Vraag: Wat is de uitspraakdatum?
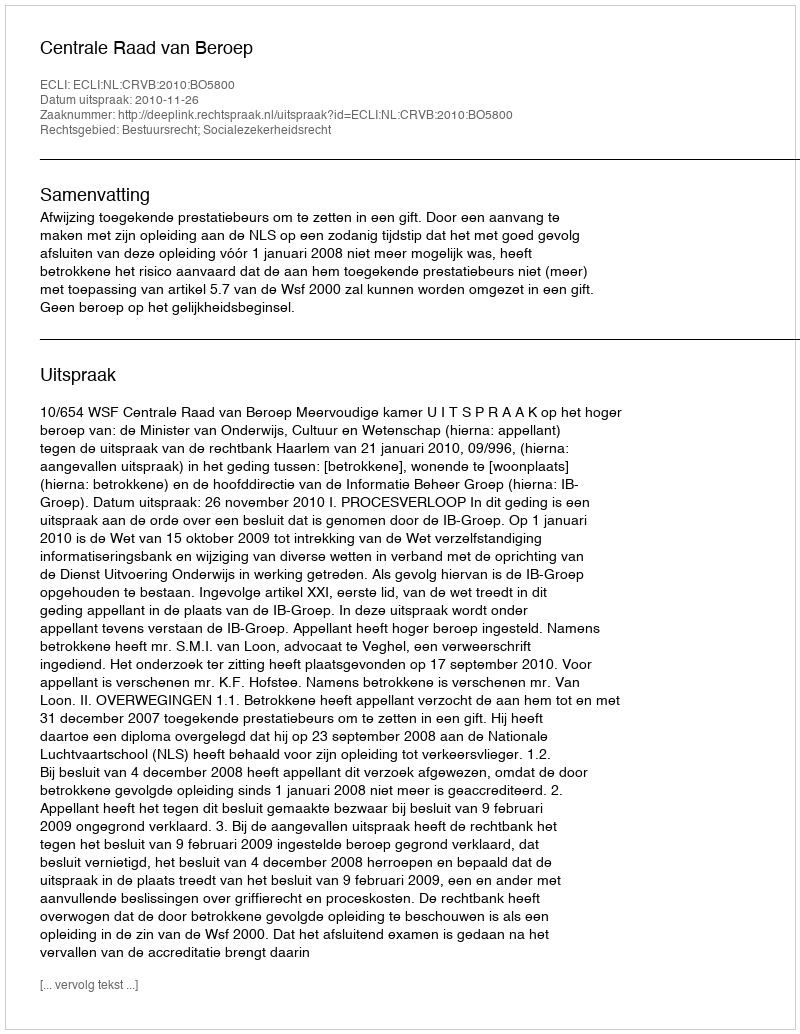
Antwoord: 2010-11-26